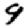
Digit: 9